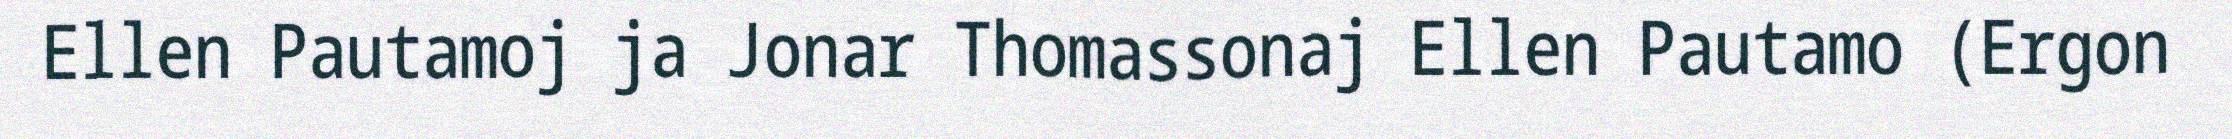
Ellen Pautamoj ja Jonar Thomassonaj Ellen Pautamo (Ergon